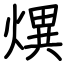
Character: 熼